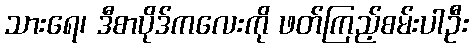
သားရေ၊ ဒီစာပိုဒ်ကလေးကို ဖတ်ကြည့်စမ်းပါဦး